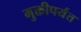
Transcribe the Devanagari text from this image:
मुक्तीपर्यंत